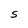
Character: S